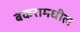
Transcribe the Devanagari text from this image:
बंकरामधील